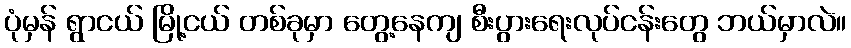
ပုံမှန် ရွာငယ် မြို့ငယ် တစ်ခုမှာ တွေ့နေကျ စီးပွားရေးလုပ်ငန်းတွေ ဘယ်မှာလဲ။